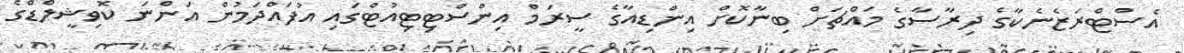
އެސްޓްރަޒެނެކާގެ ދިރާސާގެ މައްޗަށް ބިނާކޮށް އިންޑިއާގެ ސީރަމް އިންސްޓިޓިއުޓްގައި އުފައްދަމުން އަންނަ ކޮވިޝީލްޑްގެ